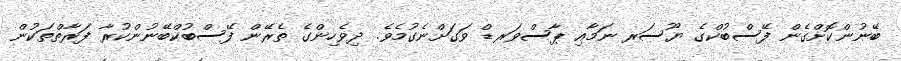
ބޭނުންކޮށްގެން ފޭސްބުކްގެ ޔޫސަރ ނަމާއި ޕާސްވަރޑް ވަގަށްނެގުމެވެ. ދިވެހިންގެ ތެރޭން ފޭސްބުކްބޭނުންކުރާ ފަރާތްތަކުން